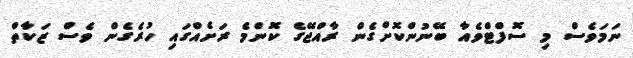
ނަމަވެސް މި ސޮފްޓްވެއާ ބޭނުންކޮށްގެން ރާއްޖޭގެ ކޮންމެ ރަށެއްގައި ހުރެގެން ވެސް ޒަކާތް